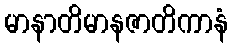
မာနာတိမာနဇာတိကာနံ